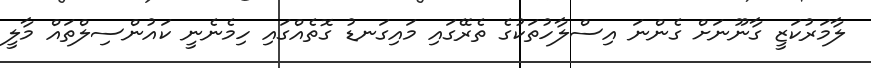
ލާމަރުކަޒީ ގާނޫނަށް ގެންނަ އިސްލާހުތަކުގެ ތެރޭގައި މައިގަނޑު ގޮތެއްގައި ހިމެނެނީ ކައުންސިލްތައް މާލީ